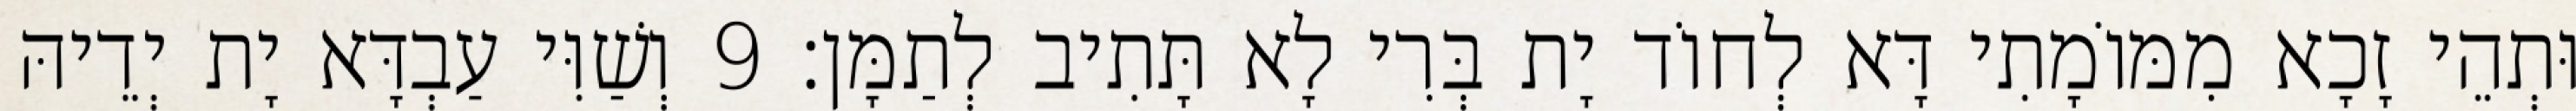
וּתְהֵי זָכָא מִמּוֹמָתִי דָּא לְחוֹד יָת בְּרִי לָא תָּתִיב לְתַמָּן׃ 9 וְשַׁוִּי עַבְדָּא יָת יְדֵיהּ